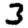
Digit: 3